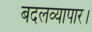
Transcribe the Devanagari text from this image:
बदलव्यापार।